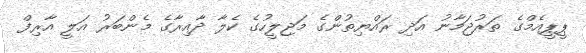
ޕީޕީއެމްގެ ތަރުޖަމާނު އަދި ރައްޔިތުންގެ މަޖިލީހުގެ ކެލާ ދާއިރާގެ މެންބަރު އަލީ އާރިފް